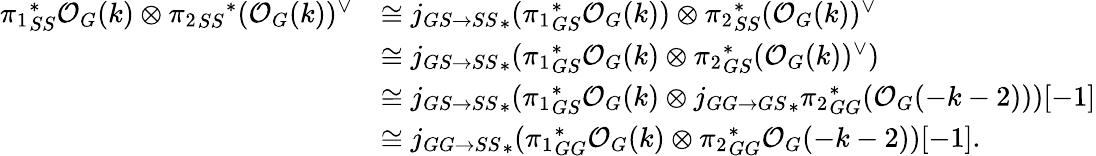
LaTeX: \begin{array}{rl}{{\pi_{1}}_{SS}^{*}\mathcal{O}_{G}(k)\otimes{{\pi_{2}}_{SS}}^{*}(\mathcal{O}_{G}(k))^{\vee}}&{\cong{j_{GS\rightarrow SS}}_{*}({\pi_{1}}_{GS}^{*}\mathcal{O}_{G}(k))\otimes{\pi_{2}}_{SS}^{*}(\mathcal{O}_{G}(k))^{\vee}}\\ &{\cong{j_{GS\rightarrow SS}}_{*}({\pi_{1}}_{GS}^{*}\mathcal{O}_{G}(k)\otimes{\pi_{2}}_{GS}^{*}(\mathcal{O}_{G}(k))^{\vee})}\\ &{\cong{j_{GS\rightarrow SS}}_{*}({\pi_{1}}_{GS}^{*}\mathcal{O}_{G}(k)\otimes{j_{GG\rightarrow GS}}_{*}{\pi_{2}}_{GG}^{*}(\mathcal{O}_{G}(-k-2)))[-1]}\\ &{\cong{j_{GG\rightarrow SS}}_{*}({\pi_{1}}_{GG}^{*}\mathcal{O}_{G}(k)\otimes{\pi_{2}}_{GG}^{*}\mathcal{O}_{G}(-k-2))[-1].}\end{array}